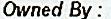
OWNED BY :